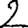
Digit: 2